Leucocytozoon canis - Number 26
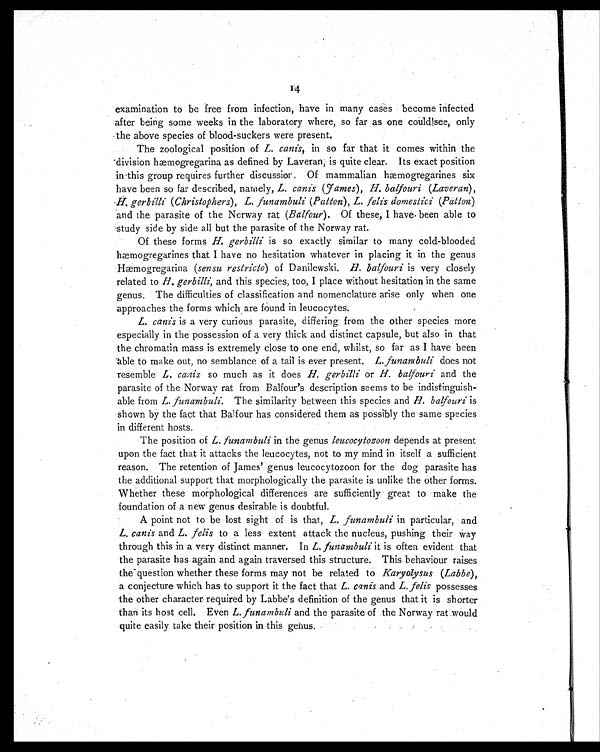
14
examination to be free from infection, have in many cases become infected
after being some weeks in the laboratory where, so far as one could see, only
the above species of blood-suckers were present.
The zoological position of L. canis, in so far that it comes within the
division hæmogregarina as defined by Laveran, is quite clear. Its exact position
in this group requires further discussion. Of mammalian hæmogregarines six
have been so far described, namely, L. canis (Fames), H. balfouri (Laveran),
H. gerbilli (Christophers), L. funambuli (Patton), L. felis domestici (Patton)
and the parasite of the Norway rat (Balfour). Of these, I have been able to
study side by side all but the parasite of the Norway rat.
Of these forms H. gerbilli is so exactly similar to many cold-blooded
hæmogregarines that I have no hesitation whatever in placing it in the genus
Hæmogregarina (sensu restricto) of Danilewski.H .
b a l f o u r i
i s v e r y c l o s e l y
related to H. gerbilli, and this species, too, I place without hesitation in the same
genus. The difficulties of classification and nomenclature arise only when one
approaches the forms which are found in leucocytes.
L. canis is a very curious parasite, differing from the other species more
especially in the possession of a very thick and distinct capsule, but also in that
the chromatin mass is extremely close to one end, whilst, so far as I have been
able to make out, no semblance of a tail is ever present. L. funambuli does not
resemble L. canis so much as it does H. gerbilli or H. balfouri and the
parasite of the Norway rat from Balfour's description seems to be indistinguish-
able from L. funambuli. The similarity between this species and H. balfouri is
shown by the fact that Balfour has considered them as possibly the same species
in different hosts.
The position of L. funambuli in the genus leucocytozoon depends at present
upon the fact that it attacks the leucocytes, not to my mind in itself a sufficient
reason. The retention of James' genus leucocytozoon for the dog parasite has
the additional support that morphologically the parasite is unlike the other forms.
Whether these morphological differences are sufficiently great to make the
foundation of a new genus desirable is doubtful.
A point not to be lost sight of is that, L. funambuli in particular, and
L. canis and L. felis to a less extent attack the nucleus, pushing their way
through this in a very distinct manner. In L. funambuli it is often evident that
the parasite has again and again traversed this structure. This behaviour raises
the question whether these forms may not be related to Karyolysus (Labbe),
a conjecture which has to support it the fact that L. canis and L. felis possesses
the other character required by Labbe's definition of the genus that it is shorter
than its host cell. Even L. funambuli and the parasite of the Norway rat would
quite easily take their position in this genus.